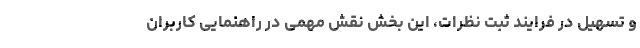
و تسهیل در فرایند ثبت نظرات، این بخش نقش مهمی در راهنمایی کاربران